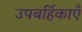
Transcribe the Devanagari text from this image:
उपबर्हिकाएँ